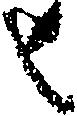
せ